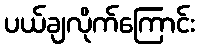
ပယ်ချလိုက်ကြောင်း